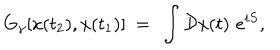
LaTeX: G _ { \gamma } [ x ( t _ { 2 } ) , x ( t _ { 1 } ) ] ~ = ~ \int { \cal D } x ( t ) \, \, e ^ { i S } ,